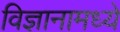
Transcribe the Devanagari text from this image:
विज्ञानामध्ये